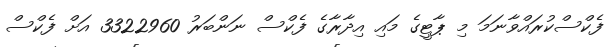
ފެކްސްކުރައްވާނަމަ މި ޕާޓީގެ މައި އިދާރާގެ ފެކްސް ނަންބަރު 3322960 އަށް ފެކްސް